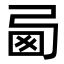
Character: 㢴